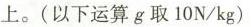
上。(以下运算g取10N/kg)